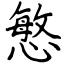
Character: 慜